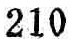
$210$